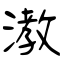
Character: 漖